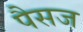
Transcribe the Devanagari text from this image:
पैसज